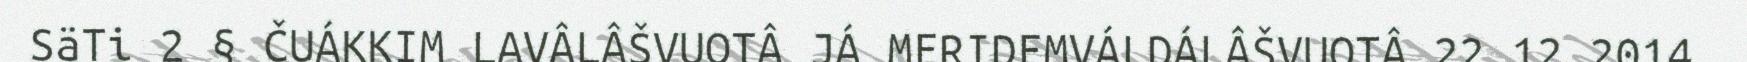
SäTi 2 § ČUÁKKIM LAVÂLÂŠVUOTÂ JÁ MERIDEMVÁLDÁLÂŠVUOTÂ 22.12.2014